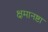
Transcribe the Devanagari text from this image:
क्षमानष्टा